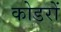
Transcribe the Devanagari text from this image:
कोडरों